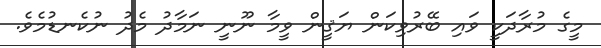
މީގެ މުރާދަކީ ވައި ބޭރުވިކަން ޔަޤީން ވީމާ ނޫނީ ނަމާދު މެދު ނުކެނޑުމެވެ.